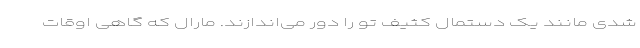
شدی مانند یک دستمال کثیف تو را دور می‌اندازند. مارال که گاهی اوقات